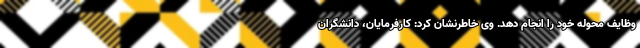
وظایف محوله خود را انجام دهد. وی خاطرنشان کرد: کارفرمایان، دانشگران